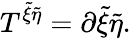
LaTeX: T^{{\tilde{\xi}}{\tilde{\eta}}}=\partial{\tilde{\xi}}{\tilde{\eta}}.